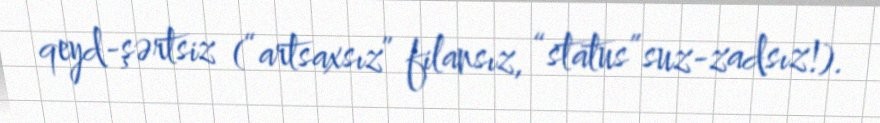
qeyd-şərtsiz (“artsaxsız” filansız, “status”suz-zadsız!).